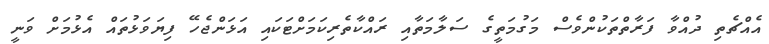
އެއްޗެތި ދުއްވާ ފަރާތްތަކުންވެސް މަގުމަތީގެ ސަލާމަތާއި ރައްކާތެރިކަމަށްޓަކައި އަޅަންޖެހޭ ފިޔަވަޅުތައް އެޅުމަށް ވަނީ